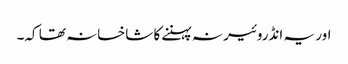
اور یہ انڈروئیر نہ پہننے کا شاخسانہ تھا کہ۔